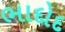
ભાદોદ